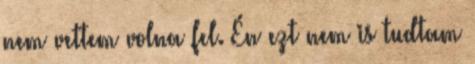
nem vettem volna fel. Én ezt nem is tudtam